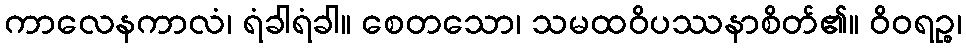
ကာလေနကာလံ၊ ရံခါရံခါ။ စေတသော၊ သမထဝိပဿနာစိတ်၏။ ဝိဝရဉ္စ၊